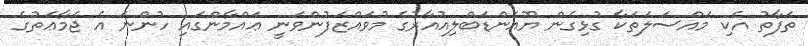
ތަފާތު އެކި މައްސަލަތަކާ ގުޅިގެން ޔޫއެންޑަބްލިއުއާރުގެ މުވައްޒަފުންވަނީ ޢައްމާންގައި ހުންނަ އެ ޖަމާޢަތުގެ